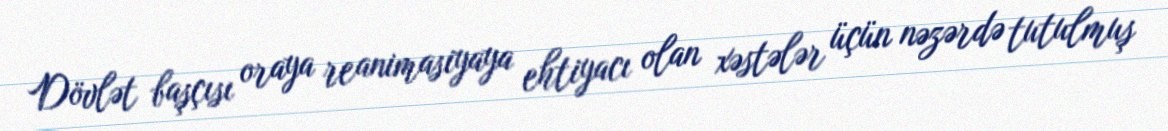
Dövlət başçısı oraya reanimasiyaya ehtiyacı olan xəstələr üçün nəzərdə tutulmuş